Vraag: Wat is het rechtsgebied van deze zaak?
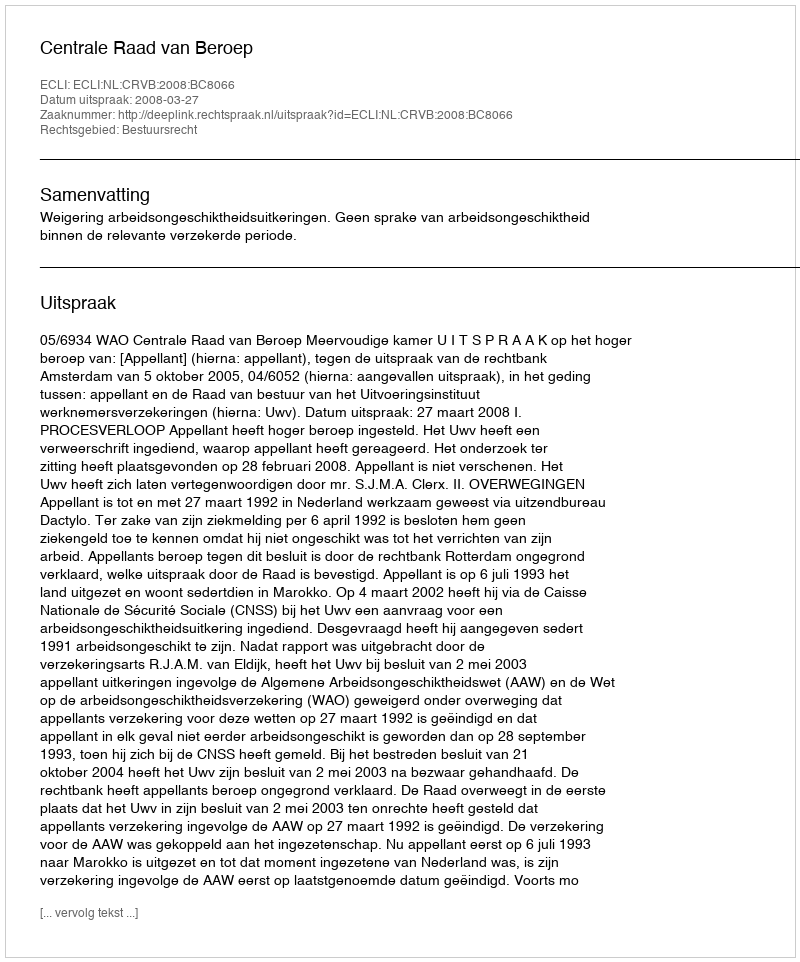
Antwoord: Bestuursrecht